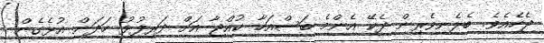
ޖެހެއެވެ. ބެލެނިވެރިން ދެކޭ އެންމެ ބަސްއަހާ ކުއްޖާ އަށް ދަރިފުޅު ހަދަން އުޅެގެން